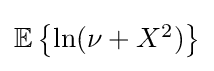
{\textstyle \operatorname {\mathbb {E} } \left\{\ln(\nu +X^{2})\right\}}